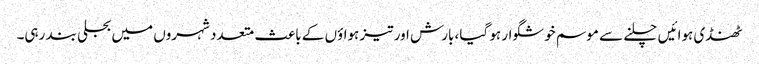
ٹھنڈی ہوائیں چلنے سے موسم خوشگوار ہو گیا، بارش اور تیز ہواؤں کے باعث متعدد شہروں میں بجلی بند رہی۔